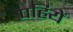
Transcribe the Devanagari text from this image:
पहियें